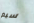
سيم